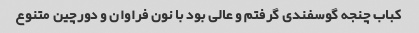
کباب چنجه گوسفندی گرفتم و عالی بود با نون فراوان و دورچین متنوع